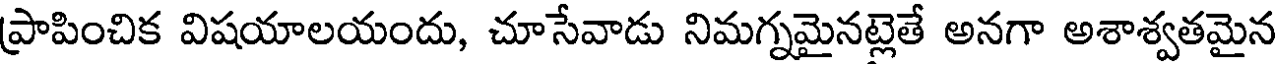
ప్రాపించిక విషయాలయందు, చూసేవాడు నిమగ్నమైనట్లెతే అనగా అశాశ్వతమైన